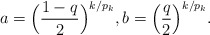
\begin{align*}a=\Big(\frac{1-q}{2}\Big)^{k/p_k}, b=\Big(\frac{q}{2}\Big)^{k/p_k}.\end{align*}